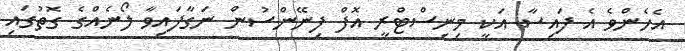
އެހެންވެ އެ ފައިސާ އަކީ މިނިސްޓްރީ އޮފް ފިނޭންސުން ނަގާފައިވާ ލޯނެއްގެ ގޮތުގައި